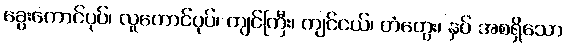
ခွေးကောင်ပုပ်၊ လူကောင်ပုပ်၊ ကျင်ကြီး၊ ကျင်ငယ်၊ တံတွေး၊ နှပ် အစရှိသော